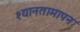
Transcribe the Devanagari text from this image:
श्यानतामापन